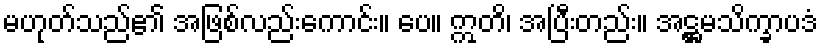
မဟုတ်သည်၏ အဖြစ်လည်းကောင်း။ ပေ။ ဣတိ၊ အပြီးတည်း။ အဋ္ဌမသိက္ခာပဒံ